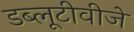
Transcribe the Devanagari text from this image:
डब्लूटीवीजे